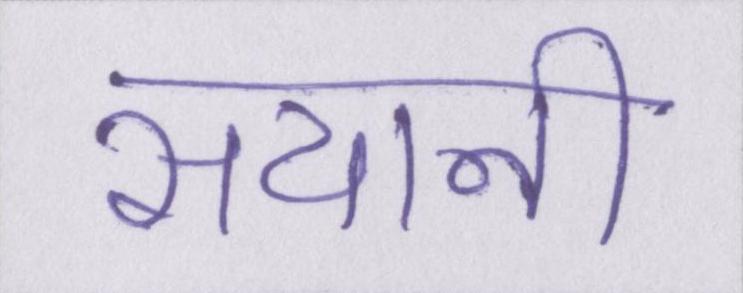
सयानी